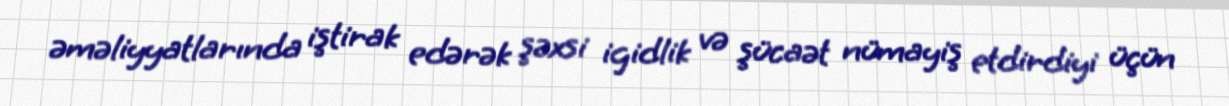
əməliyyatlarında iştirak edərək şəxsi igidlik və şücaət nümayiş etdirdiyi üçün